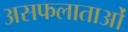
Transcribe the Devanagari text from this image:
असफलाताओं